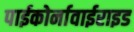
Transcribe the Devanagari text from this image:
पाईकोर्नावाईराइड